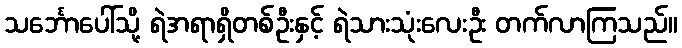
သင်္ဘောပေါ်သို့ ရဲအရာရှိတစ်ဦးနှင့် ရဲသားသုံးလေးဦး တက်လာကြသည်။